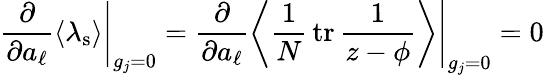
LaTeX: \left.\frac{\partial}{\partial a_{\ell}}\langle\lambda_{\mathrm{s}}\rangle\right|_{g_{j}=0}=\left.\frac{\partial}{\partial a_{\ell}}\left\langle\frac 1N\, \mathrm{tr}\, \frac{1}{z-\phi}\right\rangle\right|_{g_{j}=0}=0